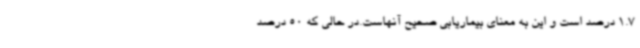
1.7 درصد است و این به معنای بیماریابی صحیح آنهاست.در حالی که 50 درصد